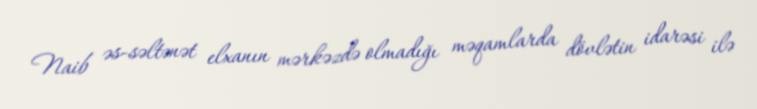
Naib əs-səltənət elxanın mərkəzdə olmadığı məqamlarda dövlətin idarəsi ilə